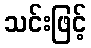
သင်းဖြင့်